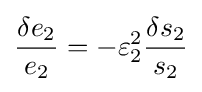
{\frac {\delta e_{2}}{e_{2}}}=-\varepsilon _{2}^{2}{\frac {\delta s_{2}}{s_{2}}}